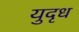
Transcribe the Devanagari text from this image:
युदृध